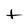
Character: t